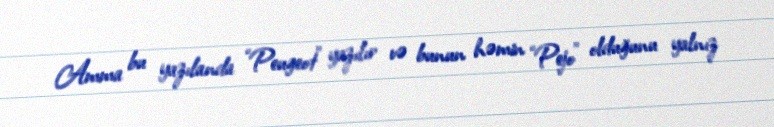
Amma bu yazılanda “Peugeot” yazılır və bunun həmin “Pejo” olduğunu yalnız